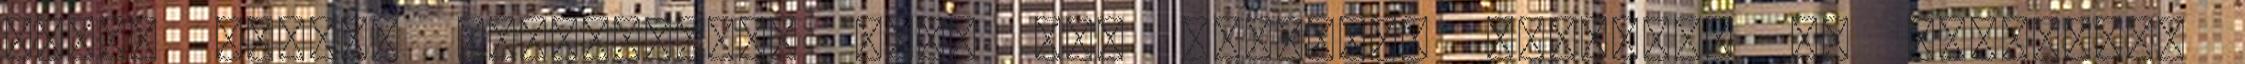
Példa normál ügymenetre: Mint jól látható, ilyenkor az égvilágon